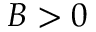
B > 0